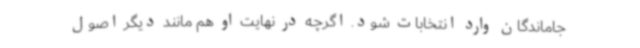
جاماندگان وارد انتخابات شود. اگرچه در نهایت او هم مانند دیگر اصول